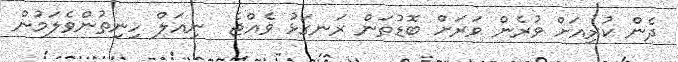
ދެން ކުރިއަށް ވުރެން ވަރަށް ބޮޑުތަން ރަނގަޅު ވެއްޖެ  ނިއަލް ހިނިތުންވެލަމުން